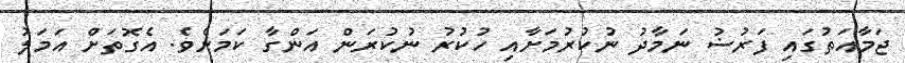
ޖަމާއަތުގައި ފަރުޟު ނަމާދު ނުކުރުމަށާއި ހުކުރު ނުކުރަން އަންގާ ކަމަށެވެ. އެގޮތަށް އަމަލު